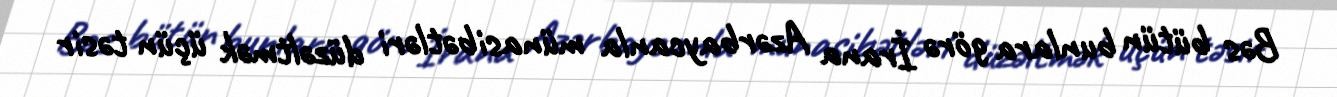
Bəs bütün bunlara görə İrana Azərbaycanla münasibətləri düzəltmək üçün təsir